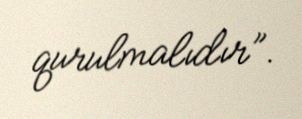
qurulmalıdır”.